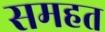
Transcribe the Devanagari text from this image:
समहत